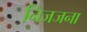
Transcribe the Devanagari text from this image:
निजजना